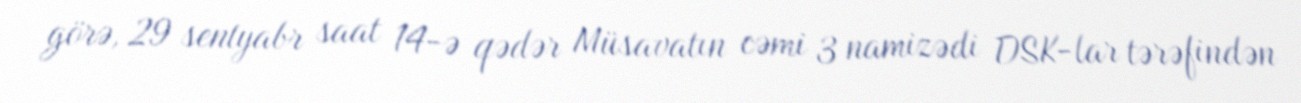
görə, 29 sentyabr saat 14-ə qədər Müsavatın cəmi 3 namizədi DSK-lar tərəfindən